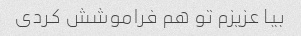
بیا عزیزم تو هم فراموشش کردی